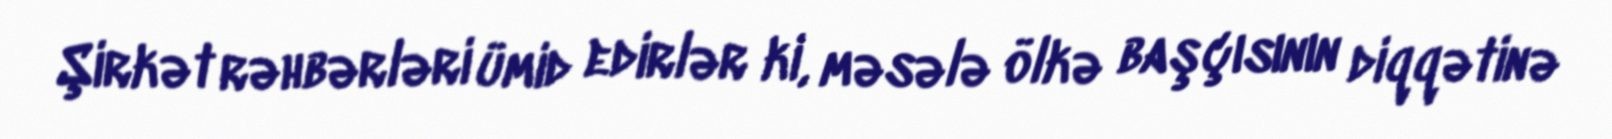
Şirkət rəhbərləri ümid edirlər ki, məsələ ölkə başçısının diqqətinə